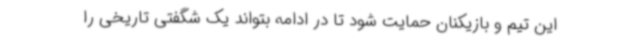
این تیم و بازیکنان حمایت شود تا در ادامه بتواند یک شگفتی تاریخی را